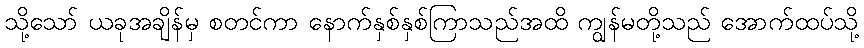
သို့သော် ယခုအချိန်မှ စတင်ကာ နောက်နှစ်နှစ်ကြာသည်အထိ ကျွန်မတို့သည် အောက်ထပ်သို့